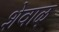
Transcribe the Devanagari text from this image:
शेवाळ्